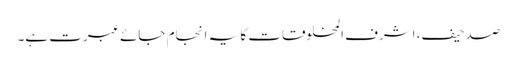
صدحیف، اشرف المخلوقات کا یہ انجام جائے عبرت ہے۔